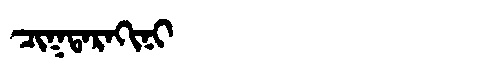
Manchu: ᠴᡳᡴᡨᠠᡵᠠᡴᡳᠨᡳ
Romanization: CIKTARAKINI